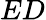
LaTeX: ED